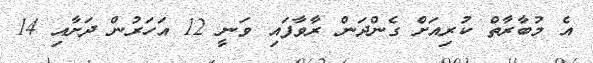
އެ މުބާރާތް ކުރިއަށް ގެންދަން ރާވާފައި ވަނީ 12 އަހަރުން ދަށާއި 14